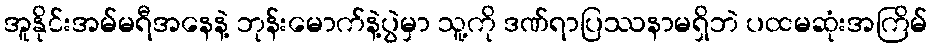
အူနိုင်းအမ်မရီအနေနဲ့ ဘုန်းမောက်နဲ့ပွဲမှာ သူ့ကို ဒဏ်ရာပြဿနာမရှိဘဲ ပထမဆုံးအကြိမ်